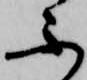
ふ